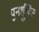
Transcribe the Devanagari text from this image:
पुनर्ध्रुवित